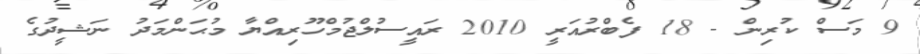
9 މަސް ކުރިން - 18 ފެބްރުއަރީ 2010 ރައީސުލްޖުމްހޫރިއްޔާ މުޙަންމަދު ނަޝީދުގެ